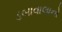
ડબાવાલાનો